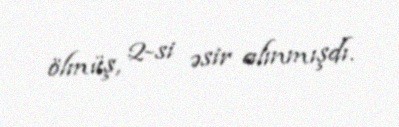
ölmüş, 2-si əsir alınmışdı.